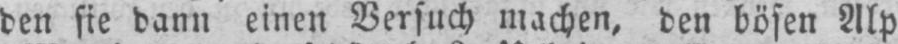
den sie dann einen Versuch machen, den bösen Alp